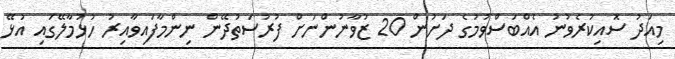
މިއަދު ސޮއިކުރެވުނު އެއްބަސްވުމުގެ ދަށުން 20 ޒުވާނުންނަށް ފުރުސަތުދޭން ނިންމާފައިވާއިރު ހުޅުމާލޭގައި އުޅޭ